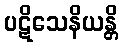
ပဋိသေနိယန္တိ